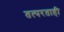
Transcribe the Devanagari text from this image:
तत्परताही